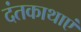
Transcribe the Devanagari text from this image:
दंतकाथाएं